King Institute of Preventive Medicine Micro-Biological Section reports 1909-11
Year: 1909
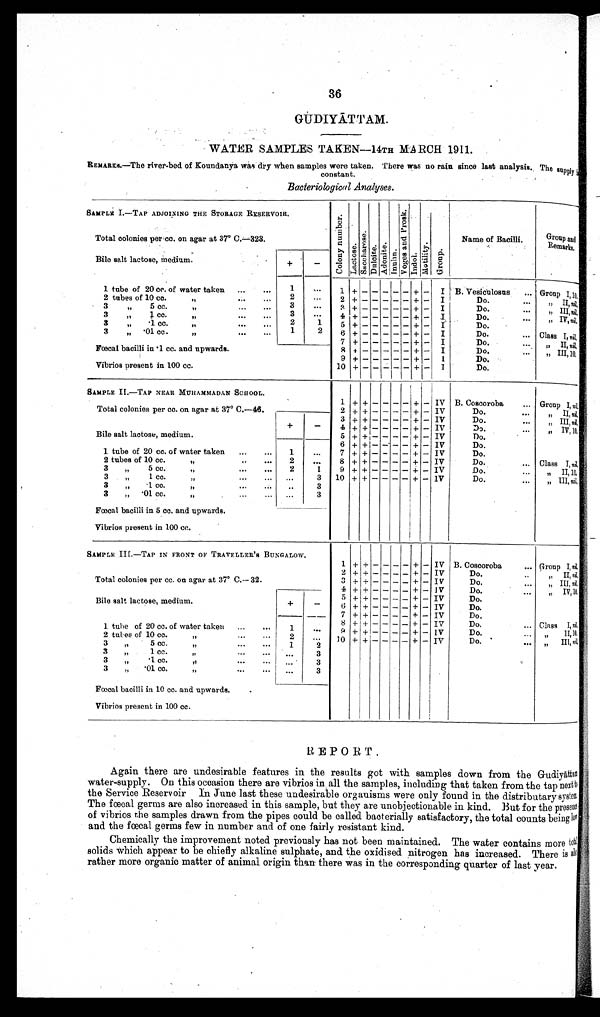
36
GUDIYĀ TTAM.
WATER SAMPLES TAKEN-14TH MARCH 1911.
REMARKS.—The river-bed of Koundanya was dry when samples were taken. There was no rain since last analysis. The supply is
constant.
Bacteriological Analyses.
SAMPLE I.—TAP ADJOINING THE STORAGE RESERVOIR.
C o l o n y n u m b e r .
Lact os e.
Sa c c h a r o s e .
Du l c i t e . Ad o n i t e .
I n u l i n .
V o g e s a n d P r o s k .
Indol .
Mo r t i l i t y . Gr oup.
Name of Bacilli.
Group and
Remarks.
Total colonies per cc. on agar at 37° C.
—323.
Bile salt lactose, Medium.
+
—
1 tube of 20 cc. of water taken ...
...
1
. . .
1
+
— — — — —
+ — I B. Vesiculosus ... Group I,10.
2 tubes of 10 cc.
,, ...
2
. . .
2 +
— — — — —
+ — I
Do.
...
II, n i l .
3
„
5 cc.
,, ... ...
3
. . .
3 +
— — — — —
+ — I
Do.
...
„
I I I ,
n i l .
3
,, 1 cc. ,, ... ...
3
. . .
4 +
— — — — —
+ — I
Do.
...
,, IV, nil.
3
„
.1 cc. ,, ... ...
2
1
5 +
— — — — —
+ — I
Do.
3
„ .01 cc.
,,
...
...
1
2
6 +
— — — — —
+ — I
Do.
... Class I, n i l .
7 +
— — — — —
+ — I
Do.
... ,, II, nil.
Fœcal bacilli in .1 cc. and upwards.
8 +
— — — — —
+ — I
Do.
...
„ III,10.
Vibrios present in 100 cc.
9 +
— — — — —
+ — I
Do.
10 +
— — — — —
+ — I
Do.
SAMPLE II.—
TAP NEAR MUHAMMADAN SCHOOL.
1
+ +
— —
—
—
+
— IV B. Coscoroba
... Group I, nil.
Total colonies per cc. on agar at 37° C.—
46.
2 + + — — — — + — IV
Do.
...
„ II, nil.
3 + + — — —
—
+ — IV
Do.
...
, , I I I ,
n i l .
Bile salt lactose, medium.
+
—
4 + + — — — — + — IV
Do.
...
„ IV, 10.
5 + + — — —
—
+ — IV
Do.
6 + + —
— — —
+ — IV
Do.
1 tube of 20 cc. of water taken
...
...
1
...
7 + + — — — — + — IV
Do.
2 tubes of 10 cc.
,,
..
...
2
...
8 + + — — — — + — IV
Do.
... Class I, n i l .
3
„
5 c c . , , . . . . . .
2
1
9 + + — — — — + — IV
Do.
...
„ II, 10.
3
„
1 cc.„
...
... ...
3 10 + +
— — — —
+ — 1V
Do.
...
„ III, nil.
3
„
.1 cc. ,, ...
. . .
3
3
„ .01 cc. ... ...
...
3
Faecal bacilli in 5 cc. and upwards.
Vibrios present in 100 cc.
SAMPLE III.—TAP IN FRONT OF TRAVELLER'S BUNGALOW.
1 + + — — — — + — IV B. Coscoroba
... Group 1, n i l .
Total colonies per cc. on agar at 37° C.—
32.
2 + +
— — — —
+ — IV
Do.
, , I I ,n
i l .
3 + + — — — — + — IV
Do.
...
„ III, ni l .
Bile salt lactose, medium.
+
—
4 + + — — — — + — I V
Do.
. . .
, , I V 1 0
.
5 +
+
— — — —
+ — IV
Do.
6 + + — — — — + — IV
Do.
1 tube of 20 cc. of water taken ...
...
1
...
7 + + — — — — + — IV
Do.
8 + + — — — — + — IV
Do.
... Class I, ni l .
9 + + — — — — + — IV
Do.
. . . ,,
II, 10.
2 tubes of 10 cc.
, , . . . . . .
2
. . .
10 +
+ — — — — + — IV
Do.
. . .
, , I I I ,
n i l .
3
„
5 cc.
,, ... ...
1
2
3
,,
1 cc. ,, ... ...
. . .
3
3
„
.1 cc.
,,
...
...
. . .
3
3
„
.01 cc. ,, ... ...
. . .
3
Fœcal bacilli in 10 cc. and upwards.
Vibrios present in 100 cc.
REPORT.
Again there are undesirable features in the results got with samples down from the Gudiyāttan
water-supply. On this occasion there are vibrios in all the samples, including that taken from the tap nextto
the Service Reservoir In June last these undesirable organisms were only found in the distributary system
The fœcal germs are also increased in this sample, but they are unobjectionable in kind. But for the presence
of vibrios the samples drawn from the pipes could be called bacterially satisfactory, the total counts being low
and the fœcal germs few in number and of one fairly resistant kind.
Chemically the improvement noted previously has not been maintained. The water contains more tot's
solids which appear to be chiefly alkaline sulphate, and the oxidised nitrogen has increased. There is also
rather more organic matter of animal origin than there was in the corresponding quarter of last year.